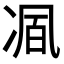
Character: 𭂒